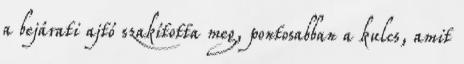
a bejárati ajtó szakította meg, pontosabban a kulcs, amit